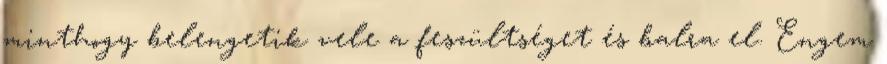
minthogy belengetik vele a feszültséget és balra el. Engem